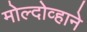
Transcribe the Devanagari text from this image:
मोल्दोव्हाने